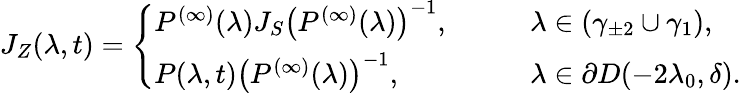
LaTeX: J_{Z}(\lambda,t)=\left\{ \begin{array}{ll}{P^{(\infty)}(\lambda)J_{S}\left(P^{(\infty)}(\lambda)\right)^{-1},}&{\qquad\lambda\in\left(\gamma_{\pm 2}\cup\gamma_{1}\right),}\\ {P(\lambda,t)\left(P^{(\infty)}(\lambda)\right)^{-1},}&{\qquad\lambda\in\partial D(-2\lambda_{0},\delta).}\end{array}\right.